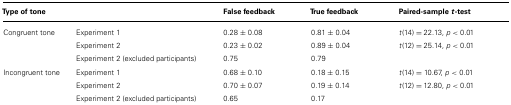
<table><thead><tr><td><b>Type of tone</b></td><td></td><td><b>False feedback</b></td><td><b>True feedback</b></td><td><b>Paired-sample <i>t</i>-test</b></td></tr></thead><tbody><tr><td>Congruent tone</td><td>Experiment 1</td><td>0.28 ± 0.08</td><td>0.81 ± 0.04</td><td><i>t</i>(14) = 22.13, <i>p </i>&lt; 0.01</td></tr><tr><td></td><td>Experiment 2</td><td>0.23 ± 0.02</td><td>0.89 ± 0.04</td><td><i>t</i>(12) = 25.14, <i>p </i>&lt; 0.01</td></tr><tr><td></td><td>Experiment 2 (excluded participants)</td><td>0.75</td><td>0.79</td><td></td></tr><tr><td>Incongruent tone</td><td>Experiment 1</td><td>0.68 ± 0.10</td><td>0.18 ± 0.15</td><td><i>t</i>(14) = 10.67, <i>p </i>&lt; 0.01</td></tr><tr><td></td><td>Experiment 2</td><td>0.70 ± 0.07</td><td>0.19 ± 0.14</td><td><i>t</i>(12) = 12.80, <i>p </i>&lt; 0.01</td></tr><tr><td></td><td>Experiment 2 (excluded participants)</td><td>0.65</td><td>0.17</td></tr></tbody></table>